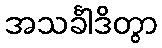
အသင်္ခါဒိတွာ